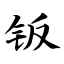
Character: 钣